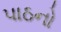
પાઠનો